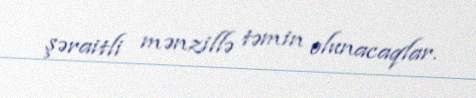
şəraitli mənzillə təmin olunacaqlar.